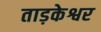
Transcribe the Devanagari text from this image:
ताड़केश्वर